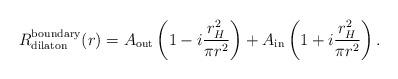
LaTeX: \begin{align*} R^{\rm boundary}_{\rm dilaton}(r) = A_{\rm out} \left(1-i\frac{r_{H}^2}{\pi r^2}\right)+A_{\rm in} \left(1+i\frac{r_{H}^2}{\pi r^2}\right).\end{align*}